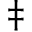
\ddagger